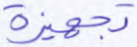
تجهيزة